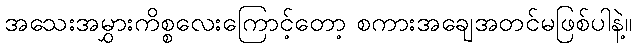
အသေးအမွှားကိစ္စလေးကြောင့်တော့ စကားအချေအတင်မဖြစ်ပါနဲ့။